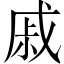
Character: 戚